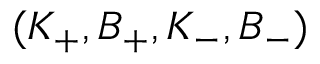
( K _ { + } , B _ { + } , K _ { - } , B _ { - } )